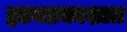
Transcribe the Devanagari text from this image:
ज्ञानप्रकाशात